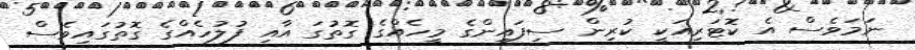
ނަމަވެސް އެ ކޮޓަރިއަކީ ކުރިން ސިފައިންގެ މީހެއްގެ ގޮތުގަ އާއި ފުލުހެއްގެ ގޮތުގައިވެސް